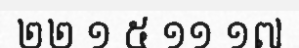
២២ ១ ៥ ១១ ១៧